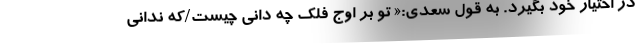
در اختیار خود بگیرد. به قول سعدی:« تو بر اوج فلک چه دانى چیست/که ندانى